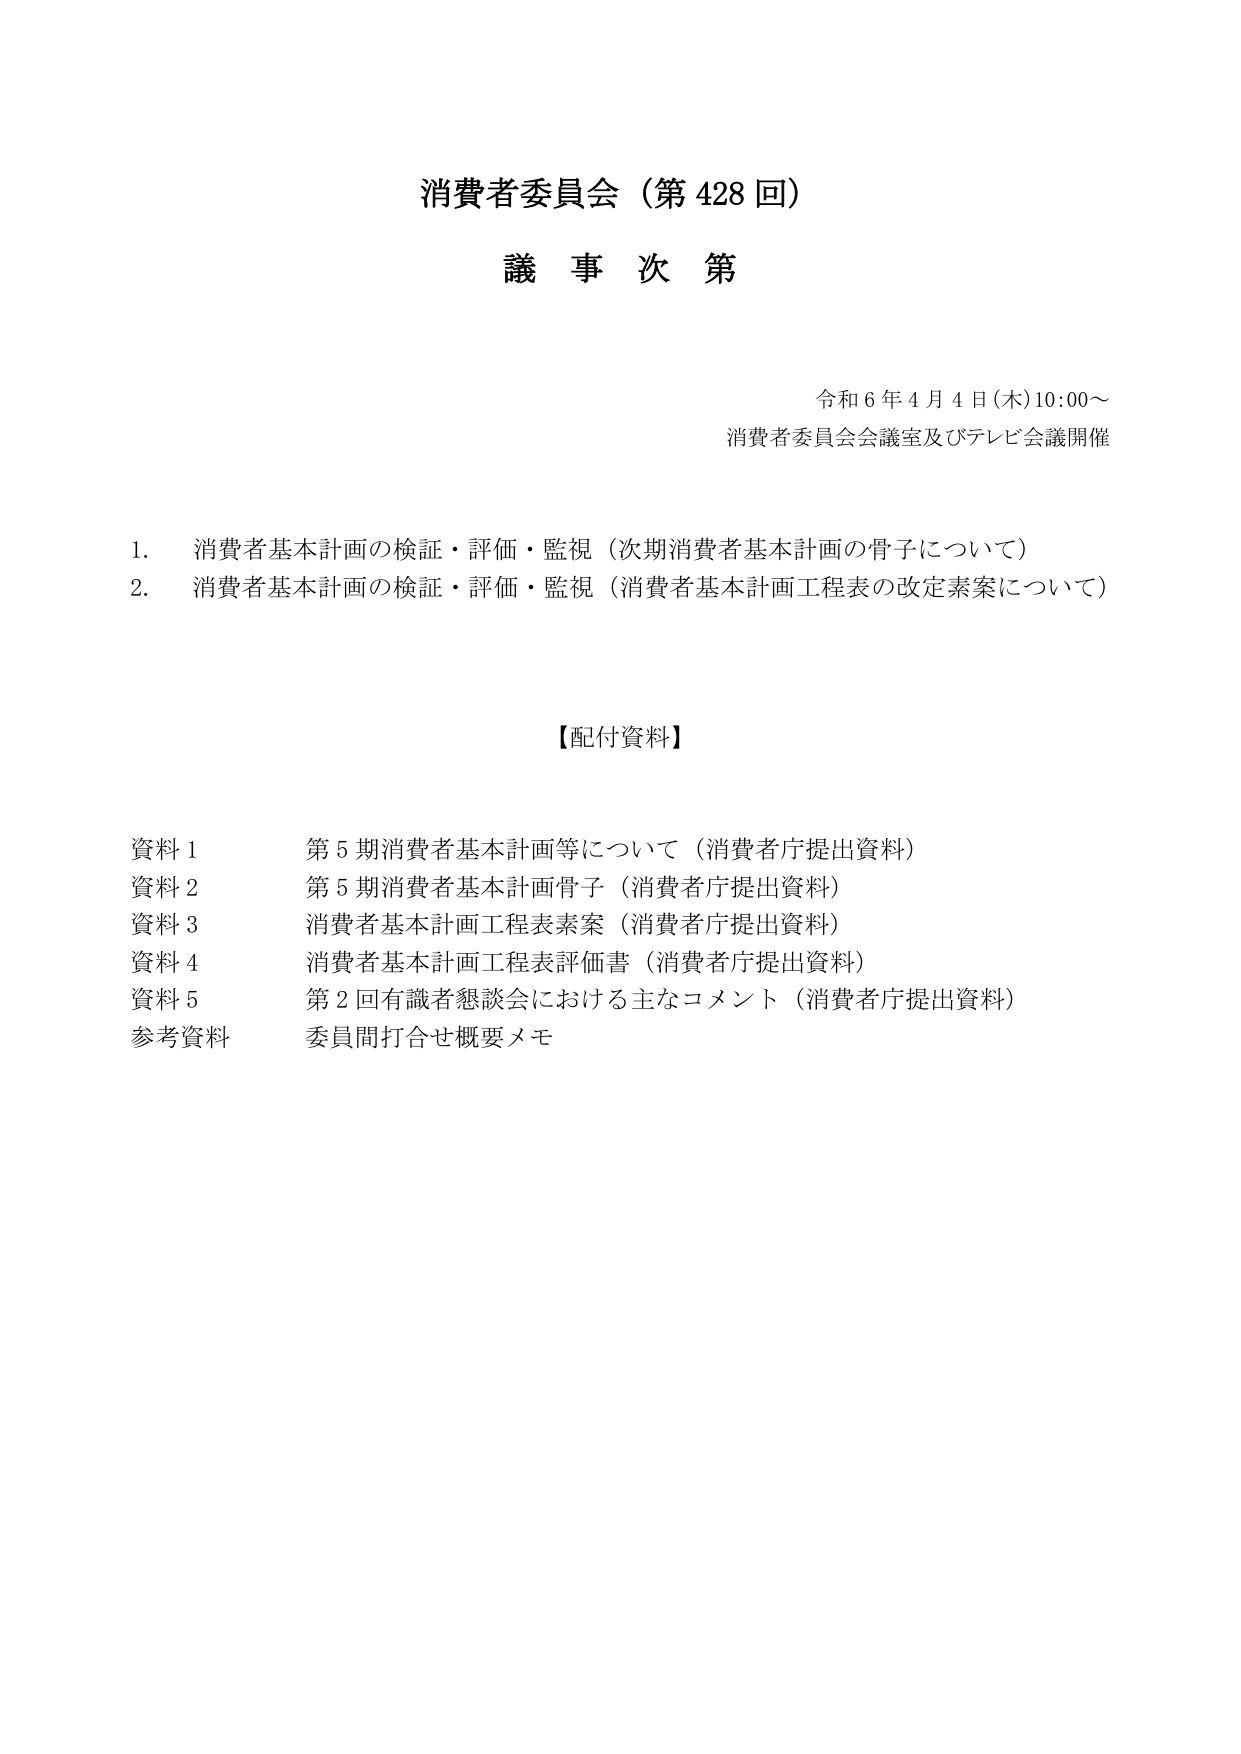
消費者委員会（第428回）
議事次第

令和6年4月4日（木）10:00～
消費者委員会会議室及びテレビ会議開催

1. 消費者基本計画の検証・評価・監視（次期消費者基本計画の骨子について）
2. 消費者基本計画の検証・評価・監視（消費者基本計画工程表の改定素案について）

【配付資料】

資料1 第5期消費者基本計画等について（消費者庁提出資料）
資料2 第5期消費者基本計画骨子（消費者庁提出資料）
資料3 消費者基本計画工程表素案（消費者庁提出資料）
資料4 消費者基本計画工程表評価書（消費者庁提出資料）
資料5 第2回有識者懇談会における主なコメント（消費者庁提出資料）
参考資料 委員間打合せ概要メモ